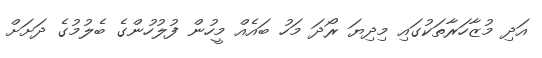
އަދި މުޒާހަރާތަކުގައި މިދިޔަ ރޯދަ މަހު ބައެއް މީހުން ފުލުހުންގެ ބެލުމުގެ ދަށަށް